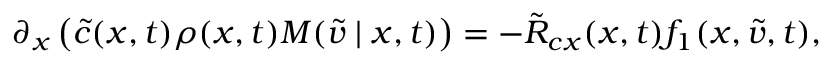
\partial _ { x } \left( \tilde { c } ( x , t ) \rho ( x , t ) M ( \tilde { v } \mid x , t ) \right) = - \tilde { R } _ { c x } ( x , t ) f _ { 1 } ( x , \tilde { v } , t ) ,